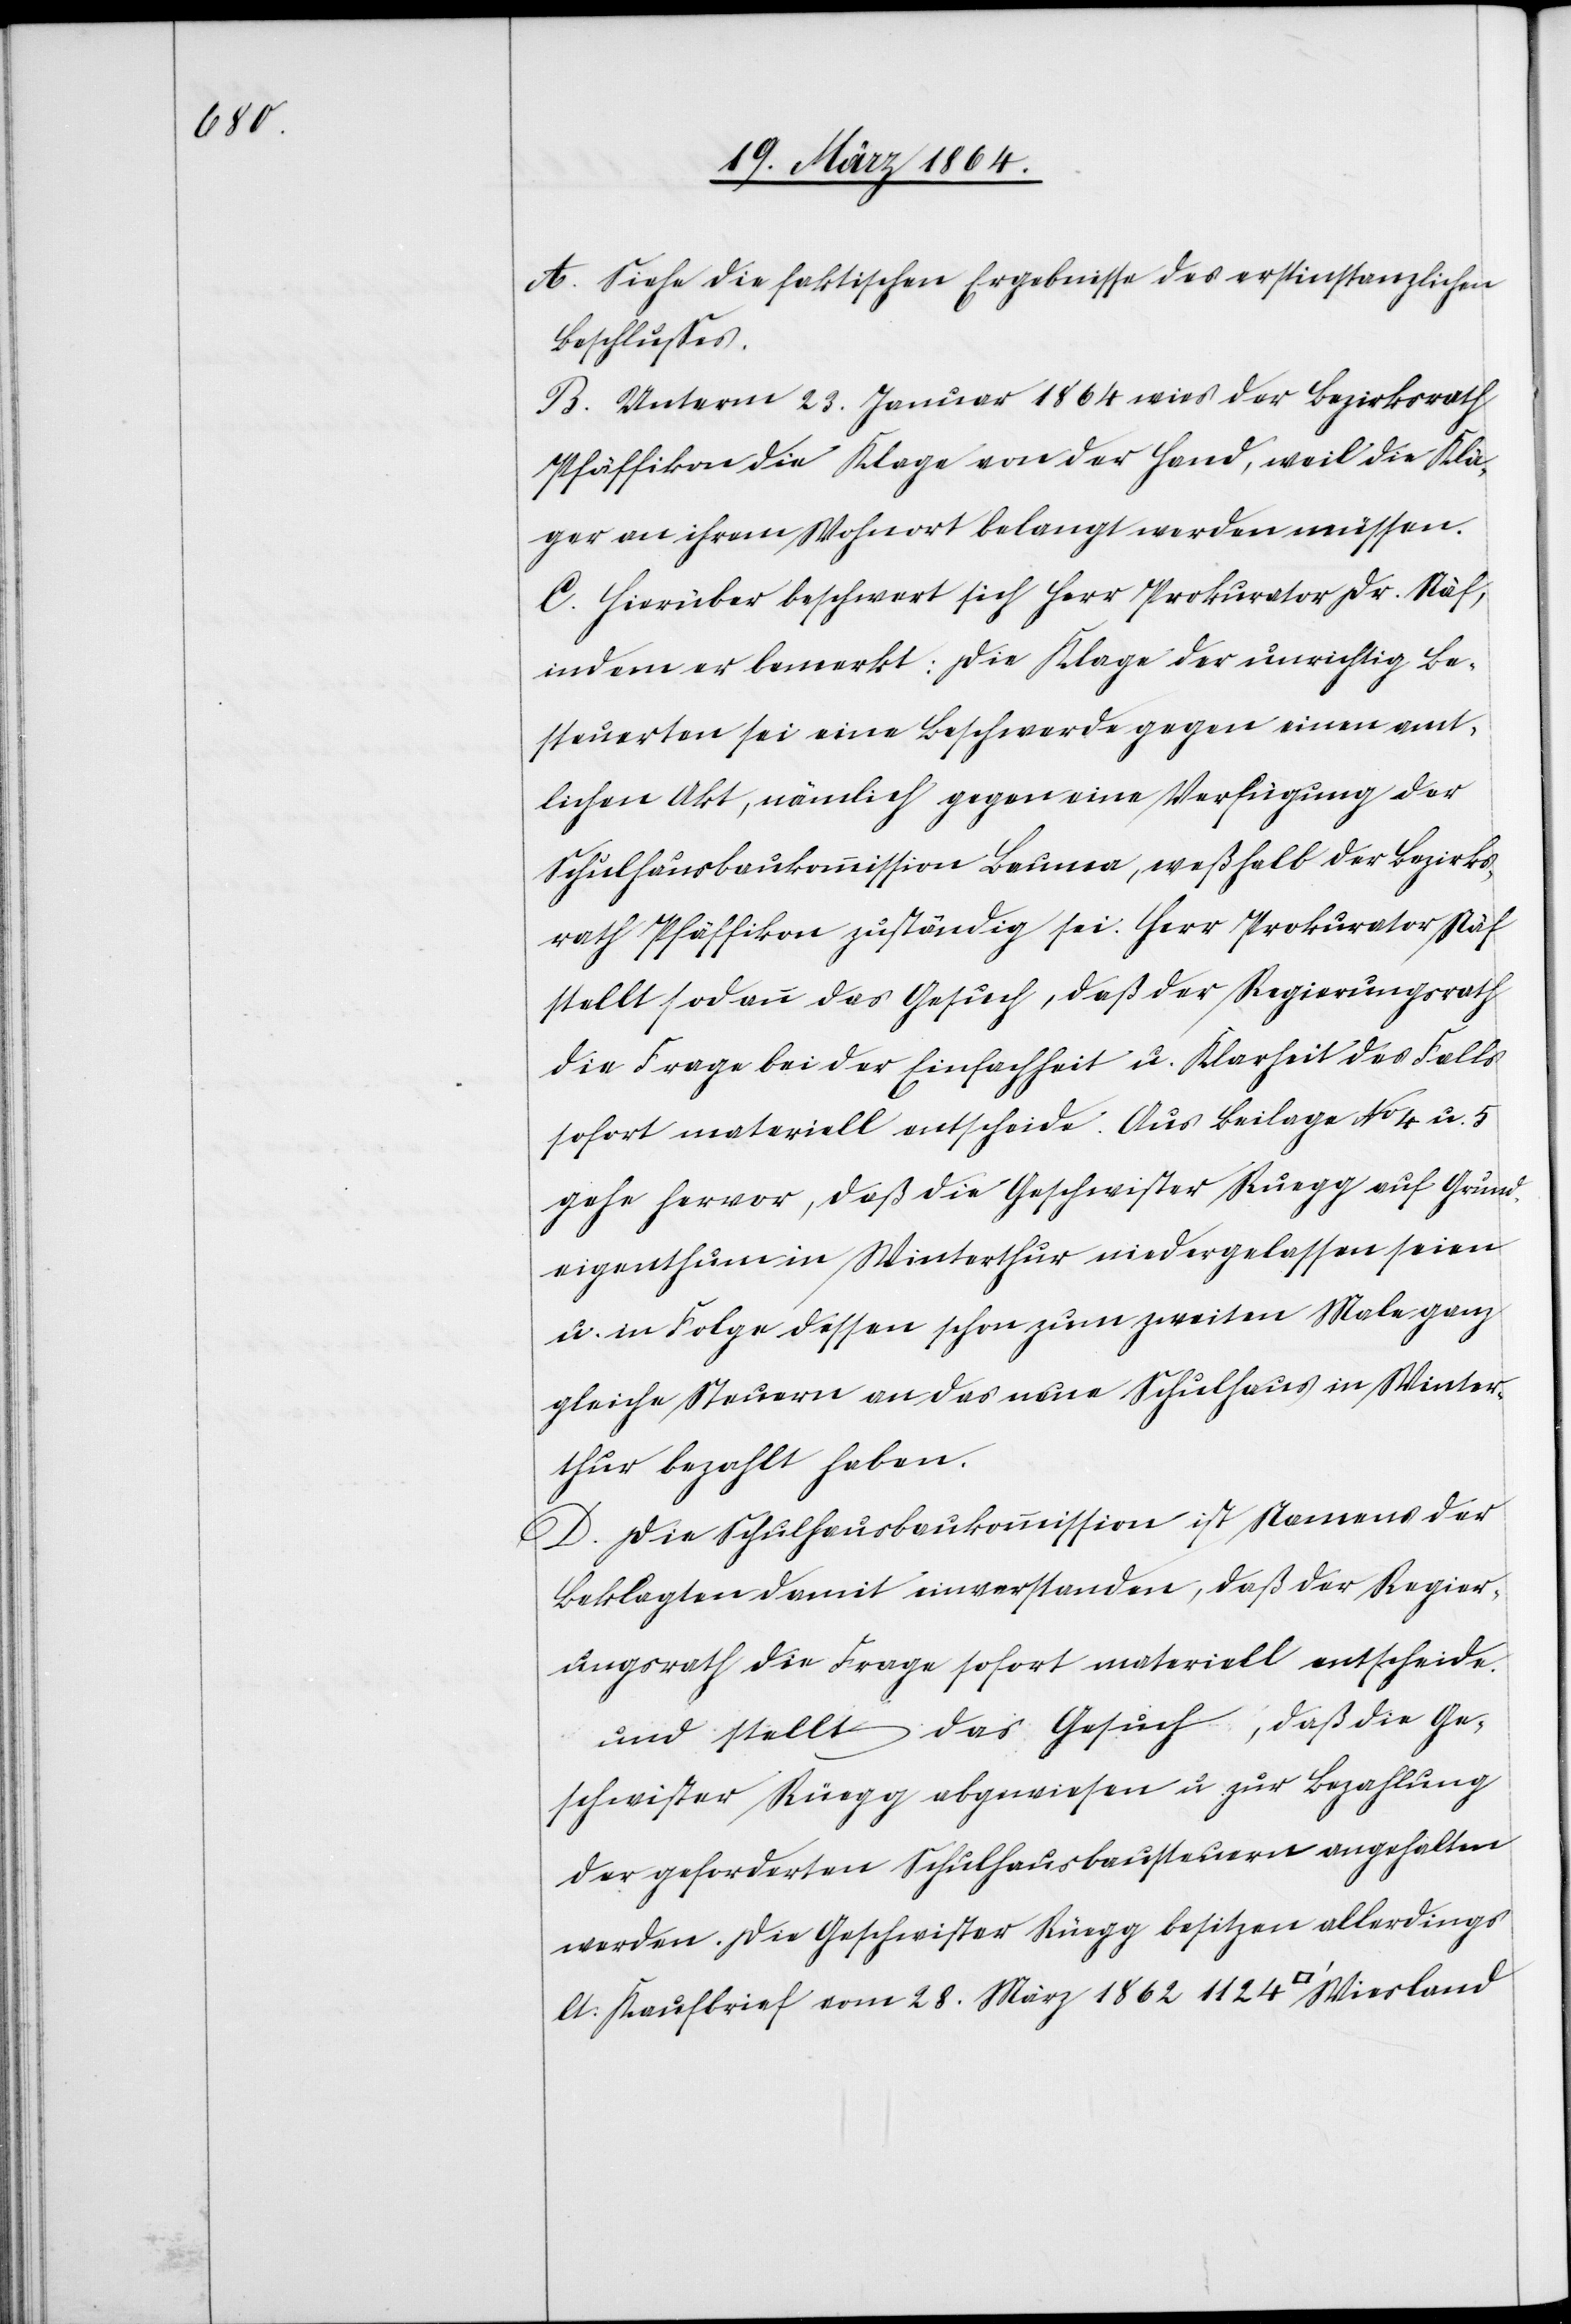
A. Siehe die faktischen Ergebnisse des erstinstanzlichen
Beschlusses.
B. Unterm 23. Januar 1864 wies der Bezirksrath
Pfäffikon die Klage von der Hand, weil die Klä¬
ger an ihrem Wohnort belangt werden müssen.
C. Hierüber beschwert sich Herr Prokurator Dr. Näf,
indem er bemerkt: Die Klage der unrichtig Be¬
steuerten sei eine Beschwerde gegen einen amt¬
lichen Akt, nämlich gegen eine Verfügung der
Schulhausbaukommission Bauma, weßhalb der Bezirks¬
rath Pfäffikon zuständig sei. Herr Prokurator Näf
stellt sodann das Gesuch, daß der Regierungsrath
die Frage bei der Einfachheit u. Klarheit des Falls
sofort materiell entscheide. Aus Beilage No 4 u. 5
gehe hervor, daß die Geschwister Ruegg auf Grund¬
eigenthum in Winterthur niedergelassen seien
u. in Folge dessen schon zum zweiten Male ganz
gleiche Steuern an das neue Schulhaus in Winter¬
thur bezahlt haben.
D. Die Schulhausbaukommission ist Namens der
Beklagten damit einverstanden, daß der Regier¬
ungsrath die Frage sofort materiell entscheide.
und [sic!] stellt das Gesuch, daß die Ge¬
schwister Rüegg abgewiesen u. zur Bezahlung
der geforderten Schulhausbausteuern angehalten
werden. Die Geschwister Rüegg besitzen allerdings
lt. Kaufbrief vom 28. März 1862 1124 [Quadratfuss]